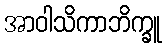
အာဝါသိကာဘိက္ခူ